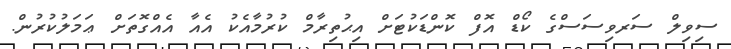
ސިވިލް ސަރވިސަސްގެ ކޯޑް އޮފް ކޮންޑަކުޓަށް އިޙުތިރާމް ކުރުމާއެކު އެއާ އެއްގޮތަށް ޢަމަލުކުރުން.